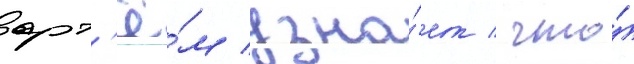
арт'ё́м узна́ет / что́